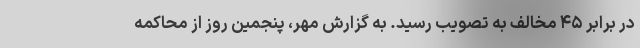
در برابر ۴۵ مخالف به تصویب رسید. به گزارش مهر، پنجمین روز از محاکمه